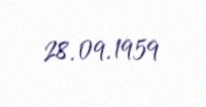
28.09.1959